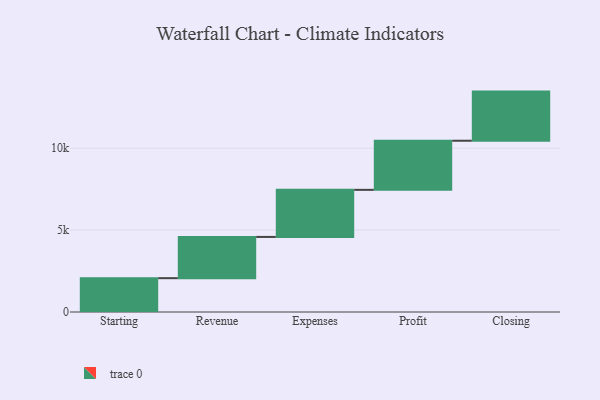
{"axis": {"x": "Step", "y": "Value"}, "legend": [""], "data": [{"x": "Starting", "y": 2066.0, "type": ""}, {"x": "Revenue", "y": 2518.0, "type": ""}, {"x": "Expenses", "y": 2875.0, "type": ""}, {"x": "Profit", "y": 3000, "type": ""}, {"x": "Closing", "y": 3000, "type": ""}]}